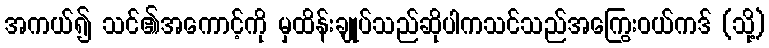
အကယ်၍ သင်၏အကောင့်ကို မှထိန်းချုပ်သည်ဆိုပါကသင်သည်အကြွေးဝယ်ကဒ် (သို့)